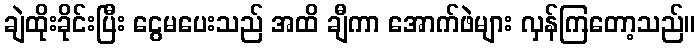
ချဲထိုးခိုင်းပြီး ငွေမပေးသည် အထိ ချီကာ အောက်ဖဲများ လှန်ကြတော့သည်။